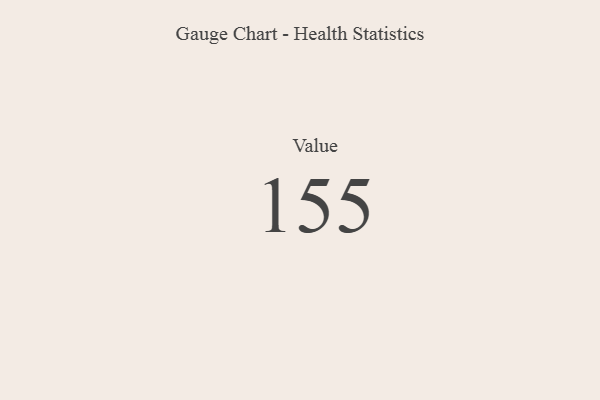
{"axis": {"x": "Metric", "y": "Value"}, "legend": [""], "data": [{"x": "Value", "y": 155, "type": ""}]}